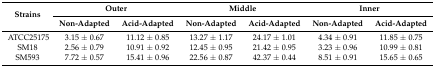
| <ROWSPAN=2> Strains | <COLSPAN=2> Outer | <COLSPAN=2> Middle | <COLSPAN=2> Inner |
 | Non-Adapted | Acid-Adapted | Non-Adapted | Acid-Adapted | Non-Adapted | Acid-Adapted |
 | --- | --- | --- | --- | --- | --- | --- |
 | ATCC25175 | 3.15 ± 0.67 | 11.12 ± 0.85 | 13.27 ± 1.17 | 24.17 ± 1.01 | 4.34 ± 0.91 | 11.85 ± 0.75 |
 | SM18 | 2.56 ± 0.79 | 10.91 ± 0.92 | 12.45 ± 0.95 | 21.42 ± 0.95 | 3.23 ± 0.96 | 10.99 ± 0.81 |
 | SM593 | 7.72 ± 0.57 | 15.41 ± 0.96 | 22.56 ± 0.87 | 42.37 ± 0.44 | 8.51 ± 0.91 | 15.65 ± 0.65 |